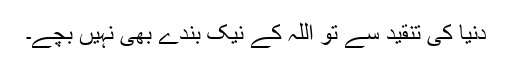
دُنیا کی تنقید سے تو اللہ کے نیک بندے بھی نہیں بچے۔